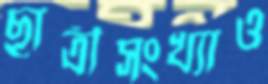
ছাত্রীসংখ্যাও